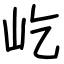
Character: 屹